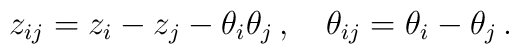
z_{ij} =  z_i - z_j - \theta_i\theta_j\,, \quad\theta_{ij} = \theta_i - \theta_j\,.